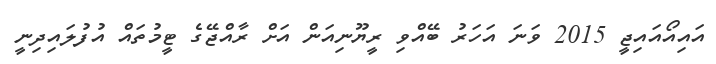
އައިއޯއައިޖީ 2015 ވަނަ އަހަރު ބޭއްވި ރީޔޫނިއަން އަށް ރާއްޖޭގެ ޓީމުތައް އުފުލައިދިނީ